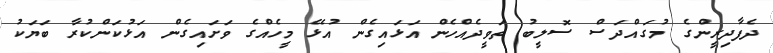
ދެފާދިރީންގެ މުގައްދަސް ސޮލީބު ތަވީދެއްހެން އަޅައިގެން އުޅޭ މީހެއްގެ ވަށައިގެން އަޅުކަންކުރާ ބަޔަކު